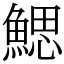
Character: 鰓